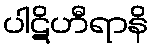
ပါဋိဟီရာနိ